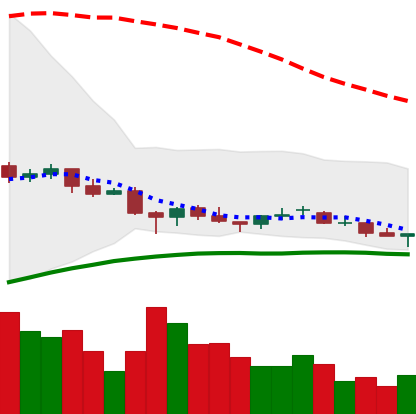
Ticker: EOS-USD
Chart end date: 2021-06-20
Forward return: -21.397%
Label: down_7plus